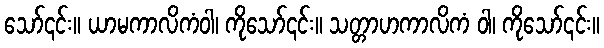
သော်၎င်း။ ယာမကာလိကံဝါ၊ ကိုသော်၎င်း။ သတ္တာဟကာလိကံ ဝါ၊ ကိုသော်၎င်း။